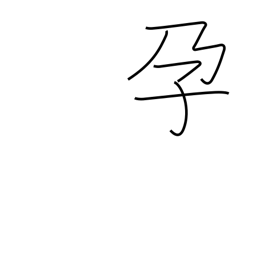
Meaning: become pregnant